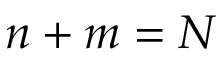
n + m = N